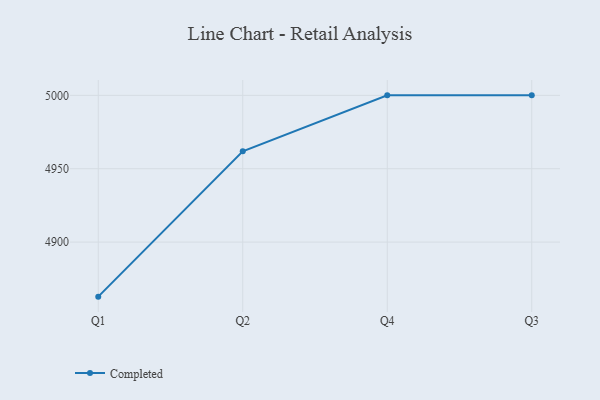
{"axis": {"x": "Quarter", "y": "Conversion Rate (%)"}, "legend": ["Completed"], "data": [{"x": "Q1", "y": 4862.8, "type": "Completed"}, {"x": "Q2", "y": 4961.9, "type": "Completed"}, {"x": "Q4", "y": 5000, "type": "Completed"}, {"x": "Q3", "y": 5000, "type": "Completed"}]}